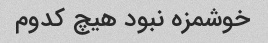
خوشمزه نبود هیچ کدوم